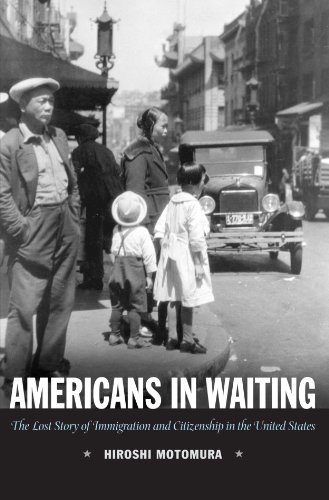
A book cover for Americans in Waiting: The Lost Story of Immigration and Citizenship in the United States; Hiroshi Motomura; Law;